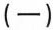
(一)